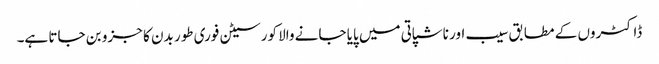
ڈاکٹروں کے مطابق سیب اور ناشپاتی میں پایا جانے والا کورسیٹن فوری طور بدن کا جزو بن جاتا ہے۔